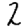
Digit: 2